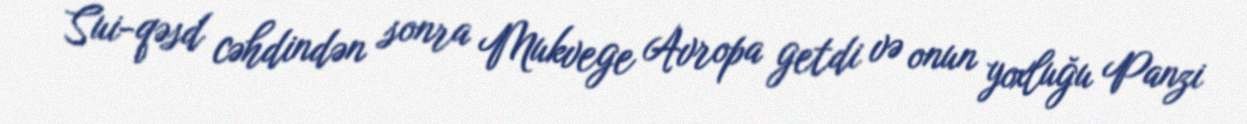
Sui-qəsd cəhdindən sonra Mukvege Avropa getdi və onun yoxluğu Panzi